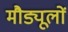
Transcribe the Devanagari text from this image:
मौड्यूलों